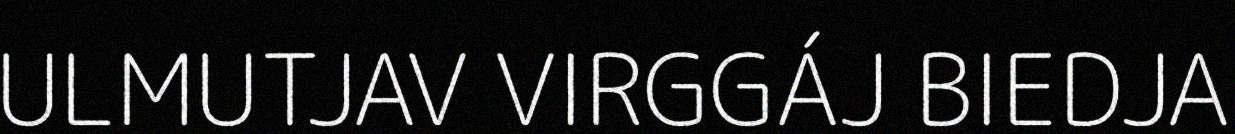
ULMUTJAV VIRGGÁJ BIEDJA